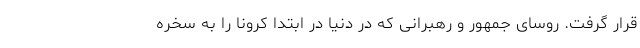
قرار گرفت. روسای جمهور و رهبرانی که در دنیا در ابتدا کرونا را به سخره